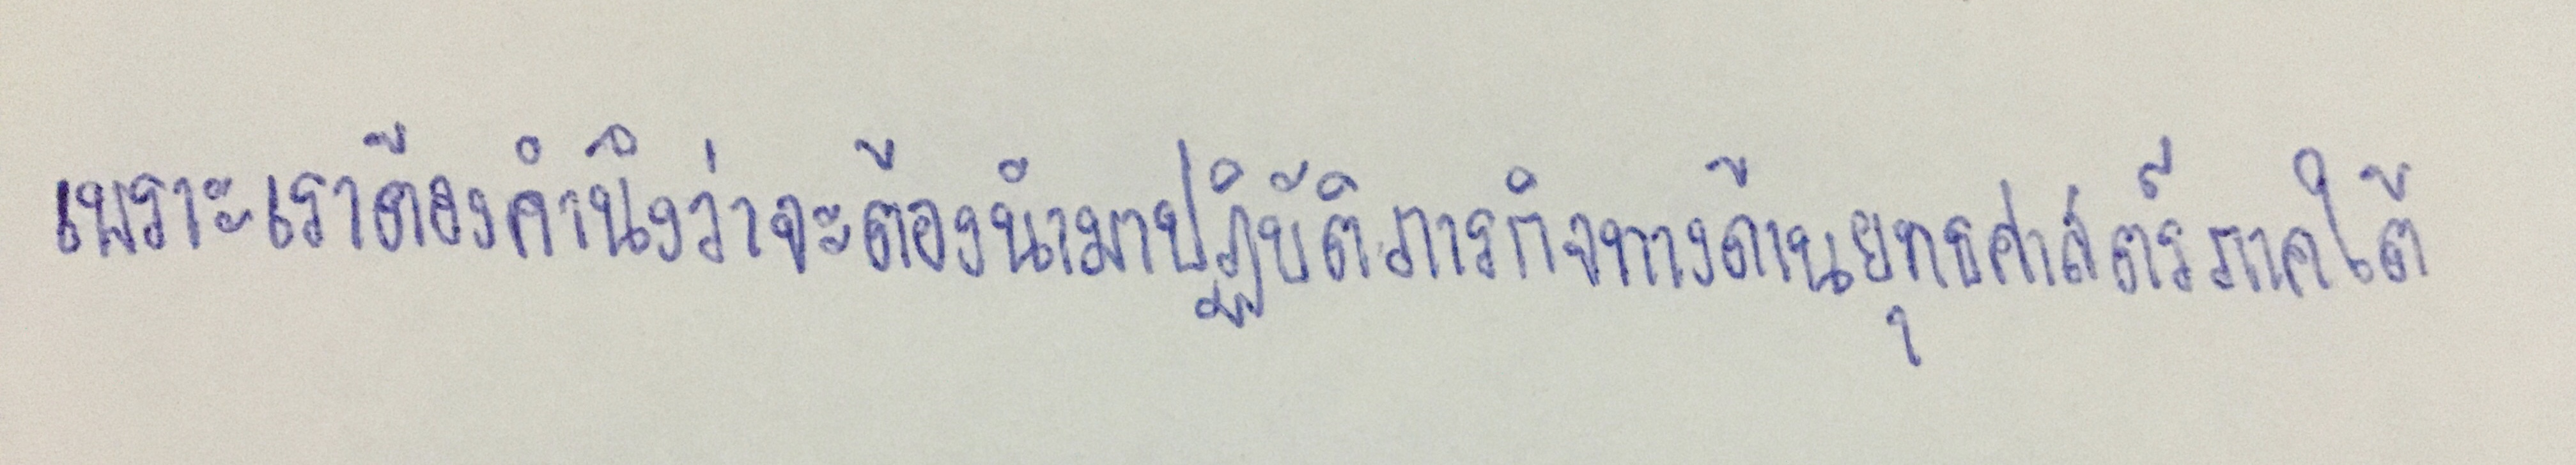
เพราะเราต้องคำนึงว่าจะต้องนำมาปฏิบัติภารกิจทางด้านยุทธศาสตร์ภาคใต้